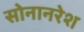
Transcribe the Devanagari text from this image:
सोनानरेश